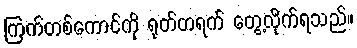
ကြက်တစ်ကောင်ကို ရုတ်တရက် တွေ့လိုက်ရသည်။